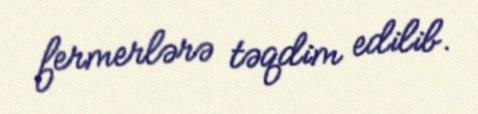
fermerlərə təqdim edilib.